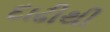
દાઢીથી